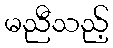
မညီသည့်